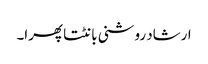
ارشاد روشنی بانٹتا پھرا۔